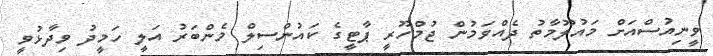
ވީނިއުސްއަށް މައުލޫމާތު ދެއްވަމުން ޖުމްހޫރީ ޕާޓީގެ ކައުންސިލް މެންބަރު އަލީ ހަމީދު ވިދާޅުވީ